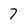
Character: 7